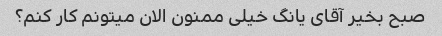
صبح بخیر آقای یانگ خیلی ممنون الان میتونم کار کنم؟